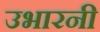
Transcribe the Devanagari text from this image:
उभारनी